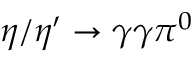
\eta / \eta ^ { \prime } \to \gamma \gamma \pi ^ { 0 }